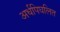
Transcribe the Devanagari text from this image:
अर्धपिघलित